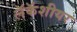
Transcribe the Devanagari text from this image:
लॅकॅशीयर